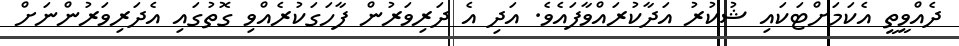
ދެއްވީތީ އެކަމަށްޓަކައި ޝުކުރު އަދާކުރައްވާފައެވެ. އަދި އެ ދަރިވަރުން ފާހަގަކުރެއްވި ގޮތުގައި އެދަރިވަރުންނަށް